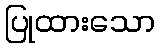
ပြုထားသော